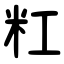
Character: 䉺